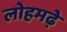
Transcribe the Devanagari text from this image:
लोहमढ़े